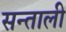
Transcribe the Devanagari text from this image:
सन्ताली